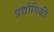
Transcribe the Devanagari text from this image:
प्रद्यौगिकी